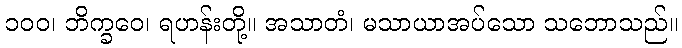
၁၀၀၊ ဘိက္ခဝေ၊ ရဟန်းတို့။ အသာတံ၊ မသာယာအပ်သော သဘောသည်။